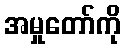
အမှုတော်ကို